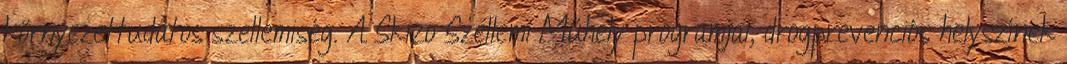
környezettudatos szellemiség. A Skizo Szellemi Műhely programjai, drogprevenciós helyszínek